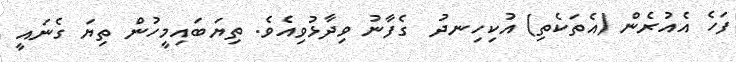
ފަހެ އެއުރެން (އެތަކެތި) އުކިހިނދު  ގެފާނު ވިދާޅުވިއެވެ. ތިޔަބައިމީހުން ތިޔަ ގެނައީ